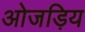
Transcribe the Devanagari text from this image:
ओजड़िय